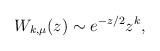
LaTeX: \begin{align*}W_{k,\mu }(z)\sim e^{-z/2}z^{k}, \end{align*}